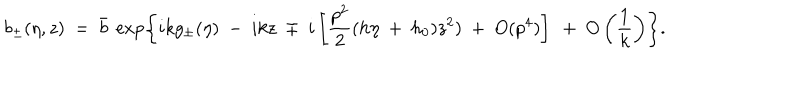
b _ { \pm } ( \eta , z ) ~ = ~ \bar { b } ~ \exp \left\{ i k g _ { \pm } ( \eta ) ~ - ~ i k z ~ \mp ~ i \left[ \frac { p ^ { 2 } } { 2 } ( h \eta ~ + ~ h _ { 0 } ) z ^ { 2 } ) ~ + ~ O ( p ^ { 4 } ) \right] ~ + ~ O \left( \frac 1 k \right) \right\} .